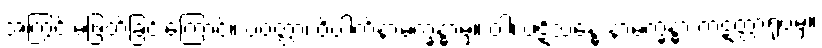
အကြွင်းမဲ့ဖြတ်ခြင်းကြောင့်။ ပဝတ္တာ၊ ဝိပါက်နာမက္ခန္ဓာမှ။ ဝါ၊ ပဋိသန္ဓေ နာမက္ခန္ဓာ ကဋတ္တာရုပ်မှ။